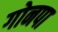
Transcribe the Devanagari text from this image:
गोनपा